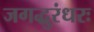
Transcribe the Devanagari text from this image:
जगद्धुरंधरः